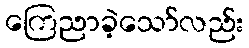
ကြေညာခဲ့သော်လည်း